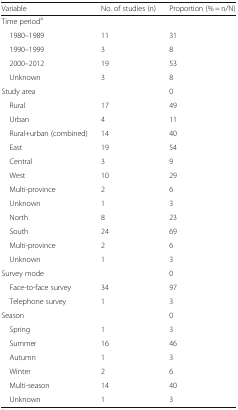
<table><thead><tr><td><b>Variable</b></td><td><b>No. of studies (n)</b></td><td><b>Proportion (% = n/N)</b></td></tr></thead><tbody><tr><td colspan="3">Time period<sup>a</sup></td></tr><tr><td> 1980–1989</td><td>11</td><td>31</td></tr><tr><td> 1990–1999</td><td>3</td><td>8</td></tr><tr><td> 2000–2012</td><td>19</td><td>53</td></tr><tr><td> Unknown</td><td>3</td><td>8</td></tr><tr><td>Study area</td><td></td><td>0</td></tr><tr><td> Rural</td><td>17</td><td>49</td></tr><tr><td> Urban</td><td>4</td><td>11</td></tr><tr><td> Rural+urban (combined)</td><td>14</td><td>40</td></tr><tr><td> East</td><td>19</td><td>54</td></tr><tr><td> Central</td><td>3</td><td>9</td></tr><tr><td> West</td><td>10</td><td>29</td></tr><tr><td> Multi-province</td><td>2</td><td>6</td></tr><tr><td> Unknown</td><td>1</td><td>3</td></tr><tr><td> North</td><td>8</td><td>23</td></tr><tr><td> South</td><td>24</td><td>69</td></tr><tr><td> Multi-province</td><td>2</td><td>6</td></tr><tr><td> Unknown</td><td>1</td><td>3</td></tr><tr><td>Survey mode</td><td></td><td>0</td></tr><tr><td> Face-to-face survey</td><td>34</td><td>97</td></tr><tr><td> Telephone survey</td><td>1</td><td>3</td></tr><tr><td>Season</td><td></td><td>0</td></tr><tr><td> Spring</td><td>1</td><td>3</td></tr><tr><td> Summer</td><td>16</td><td>46</td></tr><tr><td> Autumn</td><td>1</td><td>3</td></tr><tr><td> Winter</td><td>2</td><td>6</td></tr><tr><td> Multi-season</td><td>14</td><td>40</td></tr><tr><td> Unknown</td><td>1</td><td>3</td></tr></tbody></table>